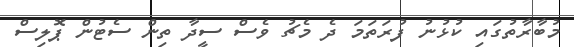
މުބާރާތުގައި ކުޅުނު ފުރަތަމަ ދެ މެޗު ވެސް ސީދާ ތިން ސެޓުން ޕޮލިސް